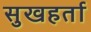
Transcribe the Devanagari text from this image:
सुखहर्ता